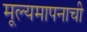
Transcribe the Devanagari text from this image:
मूल्यमापनाची